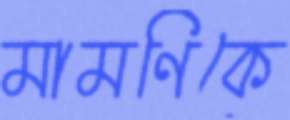
মামণিকে